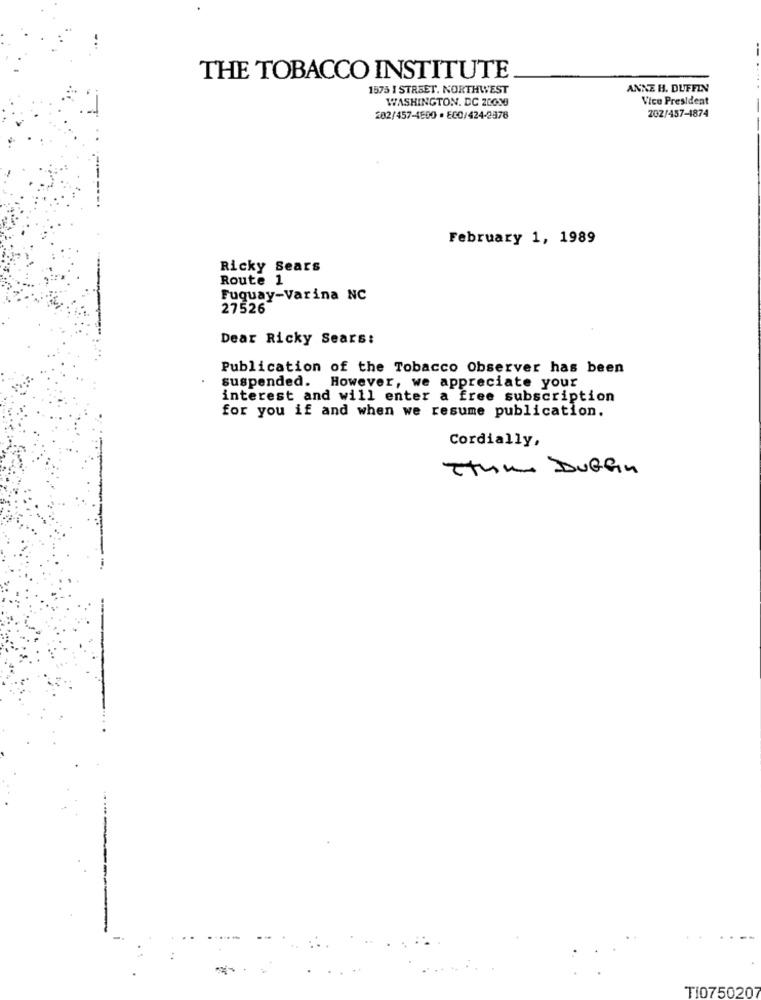
THE TOBACCO INSTITUTE
1575 I STREET. NORTHWEST
ANNE H. DUFFIN
WASHINGTON, DC 20030
Vice President
202/457-4500 · ECO/424-2576
202/457-4874
February 1, 1989
Ricky Sears
Route 1
Fuquay-Varina NC
27526
Dear Ricky Sears:
Publication of the Tobacco Observer has been
suspended. However, we appreciate your
interest and will enter a free subscription
for you if and when we resume publication.
Cordially,
Ttum Duffin
TI0750207